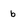
Character: b